NAE_ERA_R-2324_Eesti_Vabariigi_Pohiseaduslik_Assamblee, lk 136
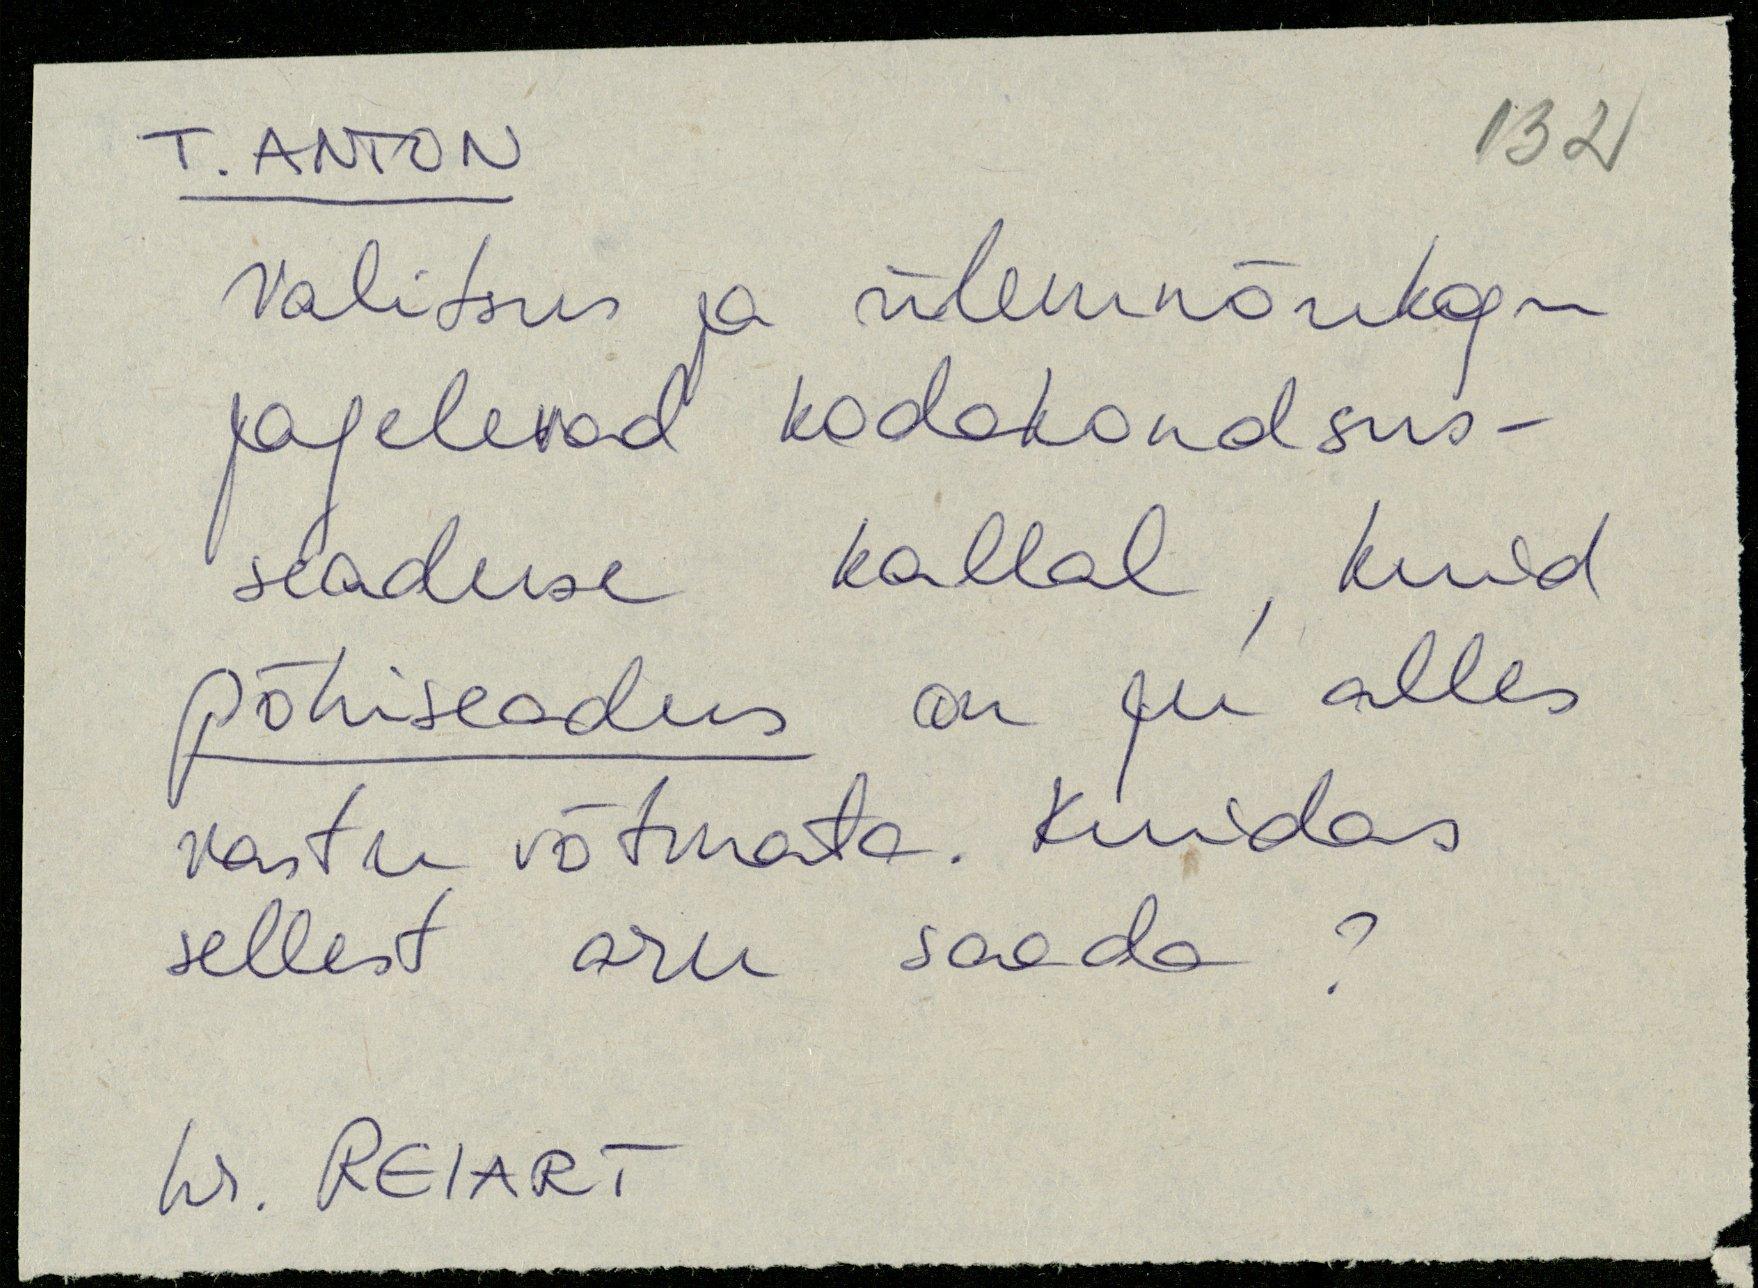
T. ANTON
Valitsus ja ülemnõukogu
jagelevad kodakondsus-
seaduse kallal kuid
põhiseadus on ju alles
vastu võtmata. Kuidas
sellest aru saada?
hr. REIART